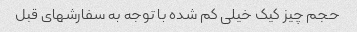
حجم چیز کیک خیلی کم شده با توجه به سفارشهای قبل